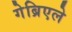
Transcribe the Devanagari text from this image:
गेब्रिएले